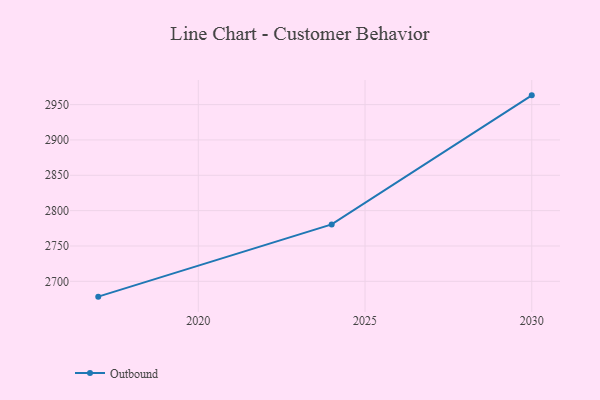
{"axis": {"x": "Year", "y": "Shipments"}, "legend": ["Outbound"], "data": [{"x": "2030", "y": 2963.1, "type": "Outbound"}, {"x": "2024", "y": 2780.5, "type": "Outbound"}, {"x": "2017", "y": 2678.3, "type": "Outbound"}]}